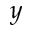
y